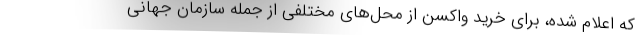
که اعلام شده، برای خرید واکسن از محل‌های مختلفی از جمله سازمان جهانی